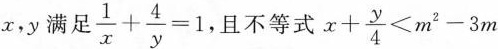
x,y满足 $$\frac { 1 } { x } + \frac { 4 } { y } = 1$$，且不等式$$x + \frac { y } { 4 } < m ^ { 2 } - 3 m$$